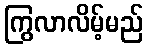
ကြွလာလိမ့်မည်